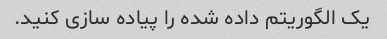
یک الگوریتم داده شده را پیاده سازی کنید.